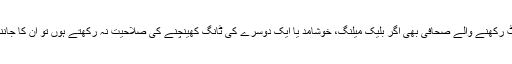
ورنہ غیر معمولی ٹیلنٹ رکھنے والے صحافی بھی اگر بلیک میلنگ، خوشامد یا ایک دوسرے کی ٹانگ کھینچنے کی صلاحیت نہ رکھتے ہوں تو اُن کا جاننے والا کوئی نہیں ہوتا۔